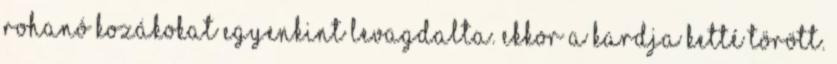
rohanó kozákokat egyenkint levagdalta. Ekkor a kardja ketté törött.